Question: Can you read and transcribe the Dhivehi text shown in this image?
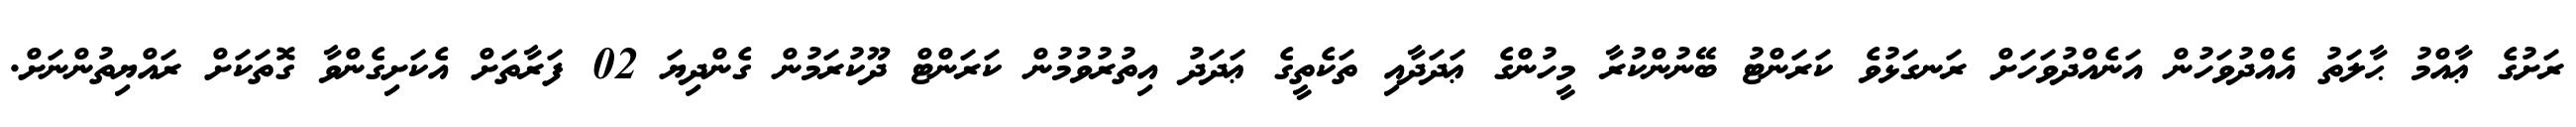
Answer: ރަށުގެ ޢާއްމު ޙާލަތު އެއްދުވަހުން އަނެއްދުވަހަށް ރަނގަޅުވެ ކަރަންޓު ބޭނުންކުރާ މީހުންގެ ޢަދަދާއި ތަކެތީގެ ޢަދަދު އިތުރުވުމުން ކަރަންޓް ދޫކުރަމުން ގެންދިޔަ 02 ފަރާތަށް އެކަށިގެންވާ ގޮތަކަށް ރައްޔިތުންނަށް.